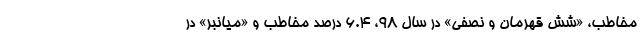
مخاطب، «شش قهرمان و نصفی» در سال 98، 6.4 درصد مخاطب و «میانبر» در